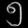
Digit: ၅